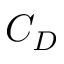
C _ { D }